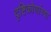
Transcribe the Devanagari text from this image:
दृष्टिकोणांच्या